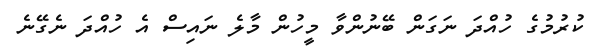
ކުރުމުގެ ހުއްދަ ނަގަން ބޭނުންވާ މީހުން މާލެ ނައިސް އެ ހުއްދަ ނެގޭނެ